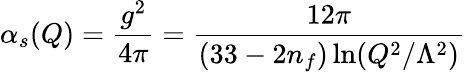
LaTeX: \alpha_{s}(Q)=\frac{g^{2}}{4\pi}=\frac{12\pi}{(33-2n_{f})\ln(Q^{2}/\Lambda^{2})}